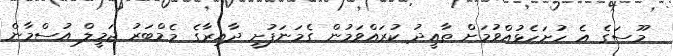
މޫސަގެ އެ ހުށަހެޅުއްވުުމަށް ތާއީދު ކުރައްވަމުން ގެމަނަފުށީ ދާއިރާގެ މެމްބަރު ޖަމީލް އުސްމާން